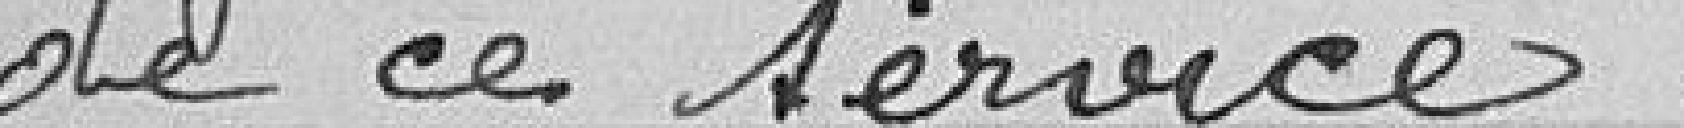
de ce service.